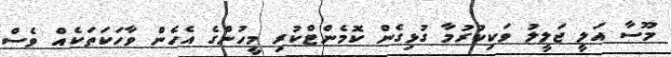
މޫސާ އަލީ ޖަލީލު ވަކިކުރުމާ ގުޅިގެން ކޮމެންޓްކުރި މީހުންގެ އެހެން ވާހަކަތަކެއް ވެސް